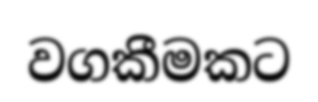
වගකීමකට